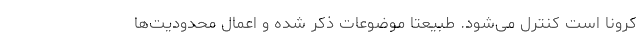
کرونا است کنترل می‌شود. طبیعتا موضوعات ذکر شده و اعمال محدودیت‌ها